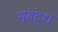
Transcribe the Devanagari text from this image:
संबंद्‌ध